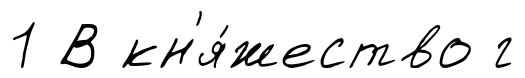
1 В кн'я́жество г